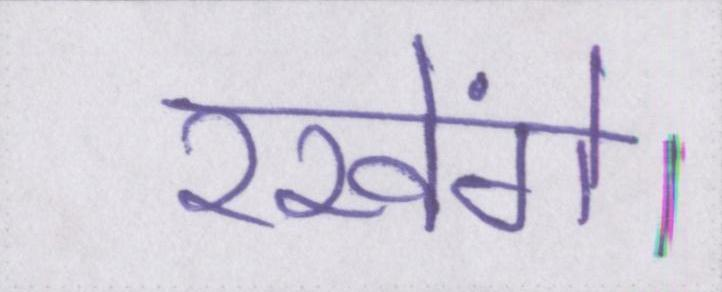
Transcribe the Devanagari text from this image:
रखेंगे।